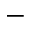
-